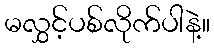
မလွှင့်ပစ်လိုက်ပါနဲ့။